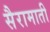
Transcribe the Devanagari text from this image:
सैरामाती